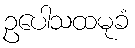
ဥပေါသထမုခံ